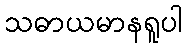
သဓာယမာနရူပါ